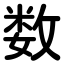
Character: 数